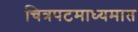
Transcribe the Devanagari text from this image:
चित्रपटमाध्यमात